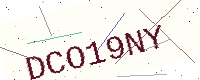
Text: DCO19NY